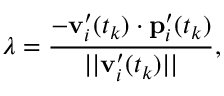
\lambda = \frac { - \mathbf { v } _ { i } ^ { \prime } ( t _ { k } ) \cdot \mathbf { p } _ { i } ^ { \prime } ( t _ { k } ) } { | | \mathbf { v } _ { i } ^ { \prime } ( t _ { k } ) | | } ,